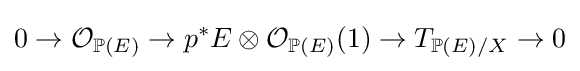
0\to {\mathcal {O}}_{\mathbb {P} (E)}\to p^{*}E\otimes {\mathcal {O}}_{\mathbb {P} (E)}(1)\to T_{\mathbb {P} (E)/X}\to 0